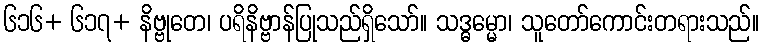
၆၁၆+ ၆၁၇+ နိဗ္ဗုတေ၊ ပရိနိဗ္ဗာန်ပြုသည်ရှိသော်။ သဒ္ဓမ္မော၊ သူတော်ကောင်းတရားသည်။